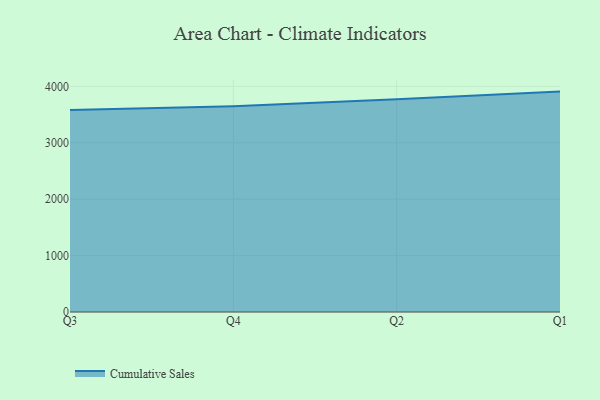
{"axis": {"x": "Quarter", "y": "Temperature (°C)"}, "legend": ["Cumulative Sales"], "data": [{"x": "Q3", "y": 3582.9, "type": "Cumulative Sales"}, {"x": "Q4", "y": 3647.7, "type": "Cumulative Sales"}, {"x": "Q2", "y": 3770.4, "type": "Cumulative Sales"}, {"x": "Q1", "y": 3907.3, "type": "Cumulative Sales"}]}